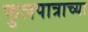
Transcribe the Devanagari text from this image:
फुलपात्राच्या